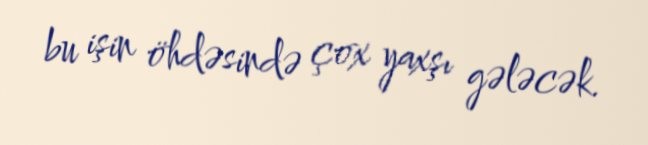
bu işin öhdəsində çox yaxşı gələcək.